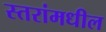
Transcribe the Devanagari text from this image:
स्तरांमधील